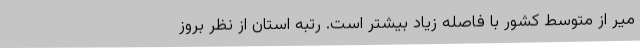
میر از متوسط کشور با فاصله زیاد بیشتر است. رتبه استان از نظر بروز